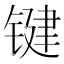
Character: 键